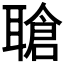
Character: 𬚤